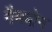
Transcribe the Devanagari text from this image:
गैमबोन